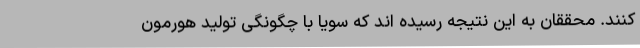
کنند. محققان به این نتیجه رسیده اند که سویا با چگونگی تولید هورمون